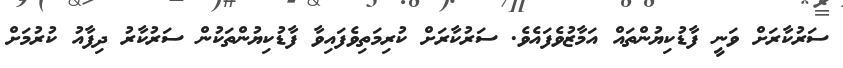
ސަރުކާރަށް ވަނީ ފާޑުކިޔުންތައް އަމާޒުވެފައެވެ. ސަރުކާރަށް ކުރިމަތިވެފައިވާ ފާޑުކިޔުންތަކުން ސަރުކާރު ދިފާއު ކުރުމަށް